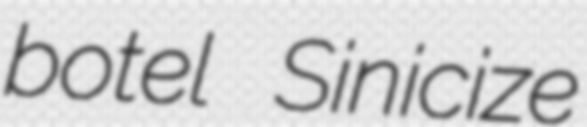
botel Sinicize